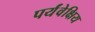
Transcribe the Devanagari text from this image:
पर्यंवेक्षिय